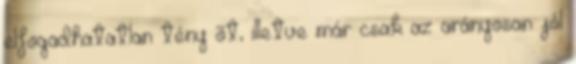
elfogadhatatlan tény õt, illetve már csak az arányosan jól